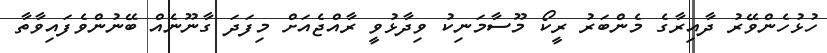
ހުޅުހެންވޭރު ދާއިރާގެ މެންބަރު ރީކޯ މޫސާމަނިކު ވިދާޅުވީ ރާއްޖެއަށް މިފަދަ ގާނޫނެއް ބޭނުންވެފައިވާތާ